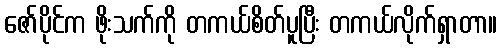
ဇော်ပိုင်က ဖိုးသက်ကို တကယ်စိတ်ပူပြီး တကယ်လိုက်ရှာတာ။